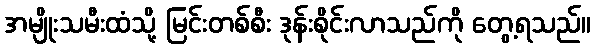
အမျိုးသမီးထံသို့ မြင်းတစ်စီး ဒုန်းစိုင်းလာသည်ကို တွေ့ရသည်။